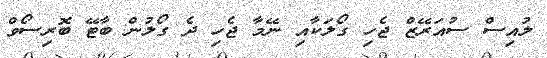
ލުއިސް ސުއަރޭޒް ޖެހި ގޯލަކާއި ނޭމާ ޖެހި ދެ ގޯލުން ބާޓޭ ބޮރިސޯވް